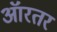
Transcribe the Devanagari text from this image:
ऑरतर